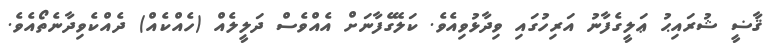
ޤާޟީ ޝުރައިޙު ޢަލީގެފާނު އަރިހުގައި ވިދާޅުވިއެވެ. ކަލޭގެފާނަށް އެއްވެސް ދަލީލެއް (ހެއްކެއް) ދެއްކެވިދާނެތޯއެވެ.